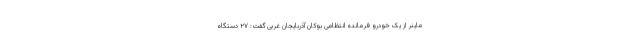
ماینر از یک خودرو فرمانده انتظامی بوکان آذربایجان غربی گفت: ۲۷ دستگاه